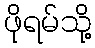
ဖိုရမ်သို့